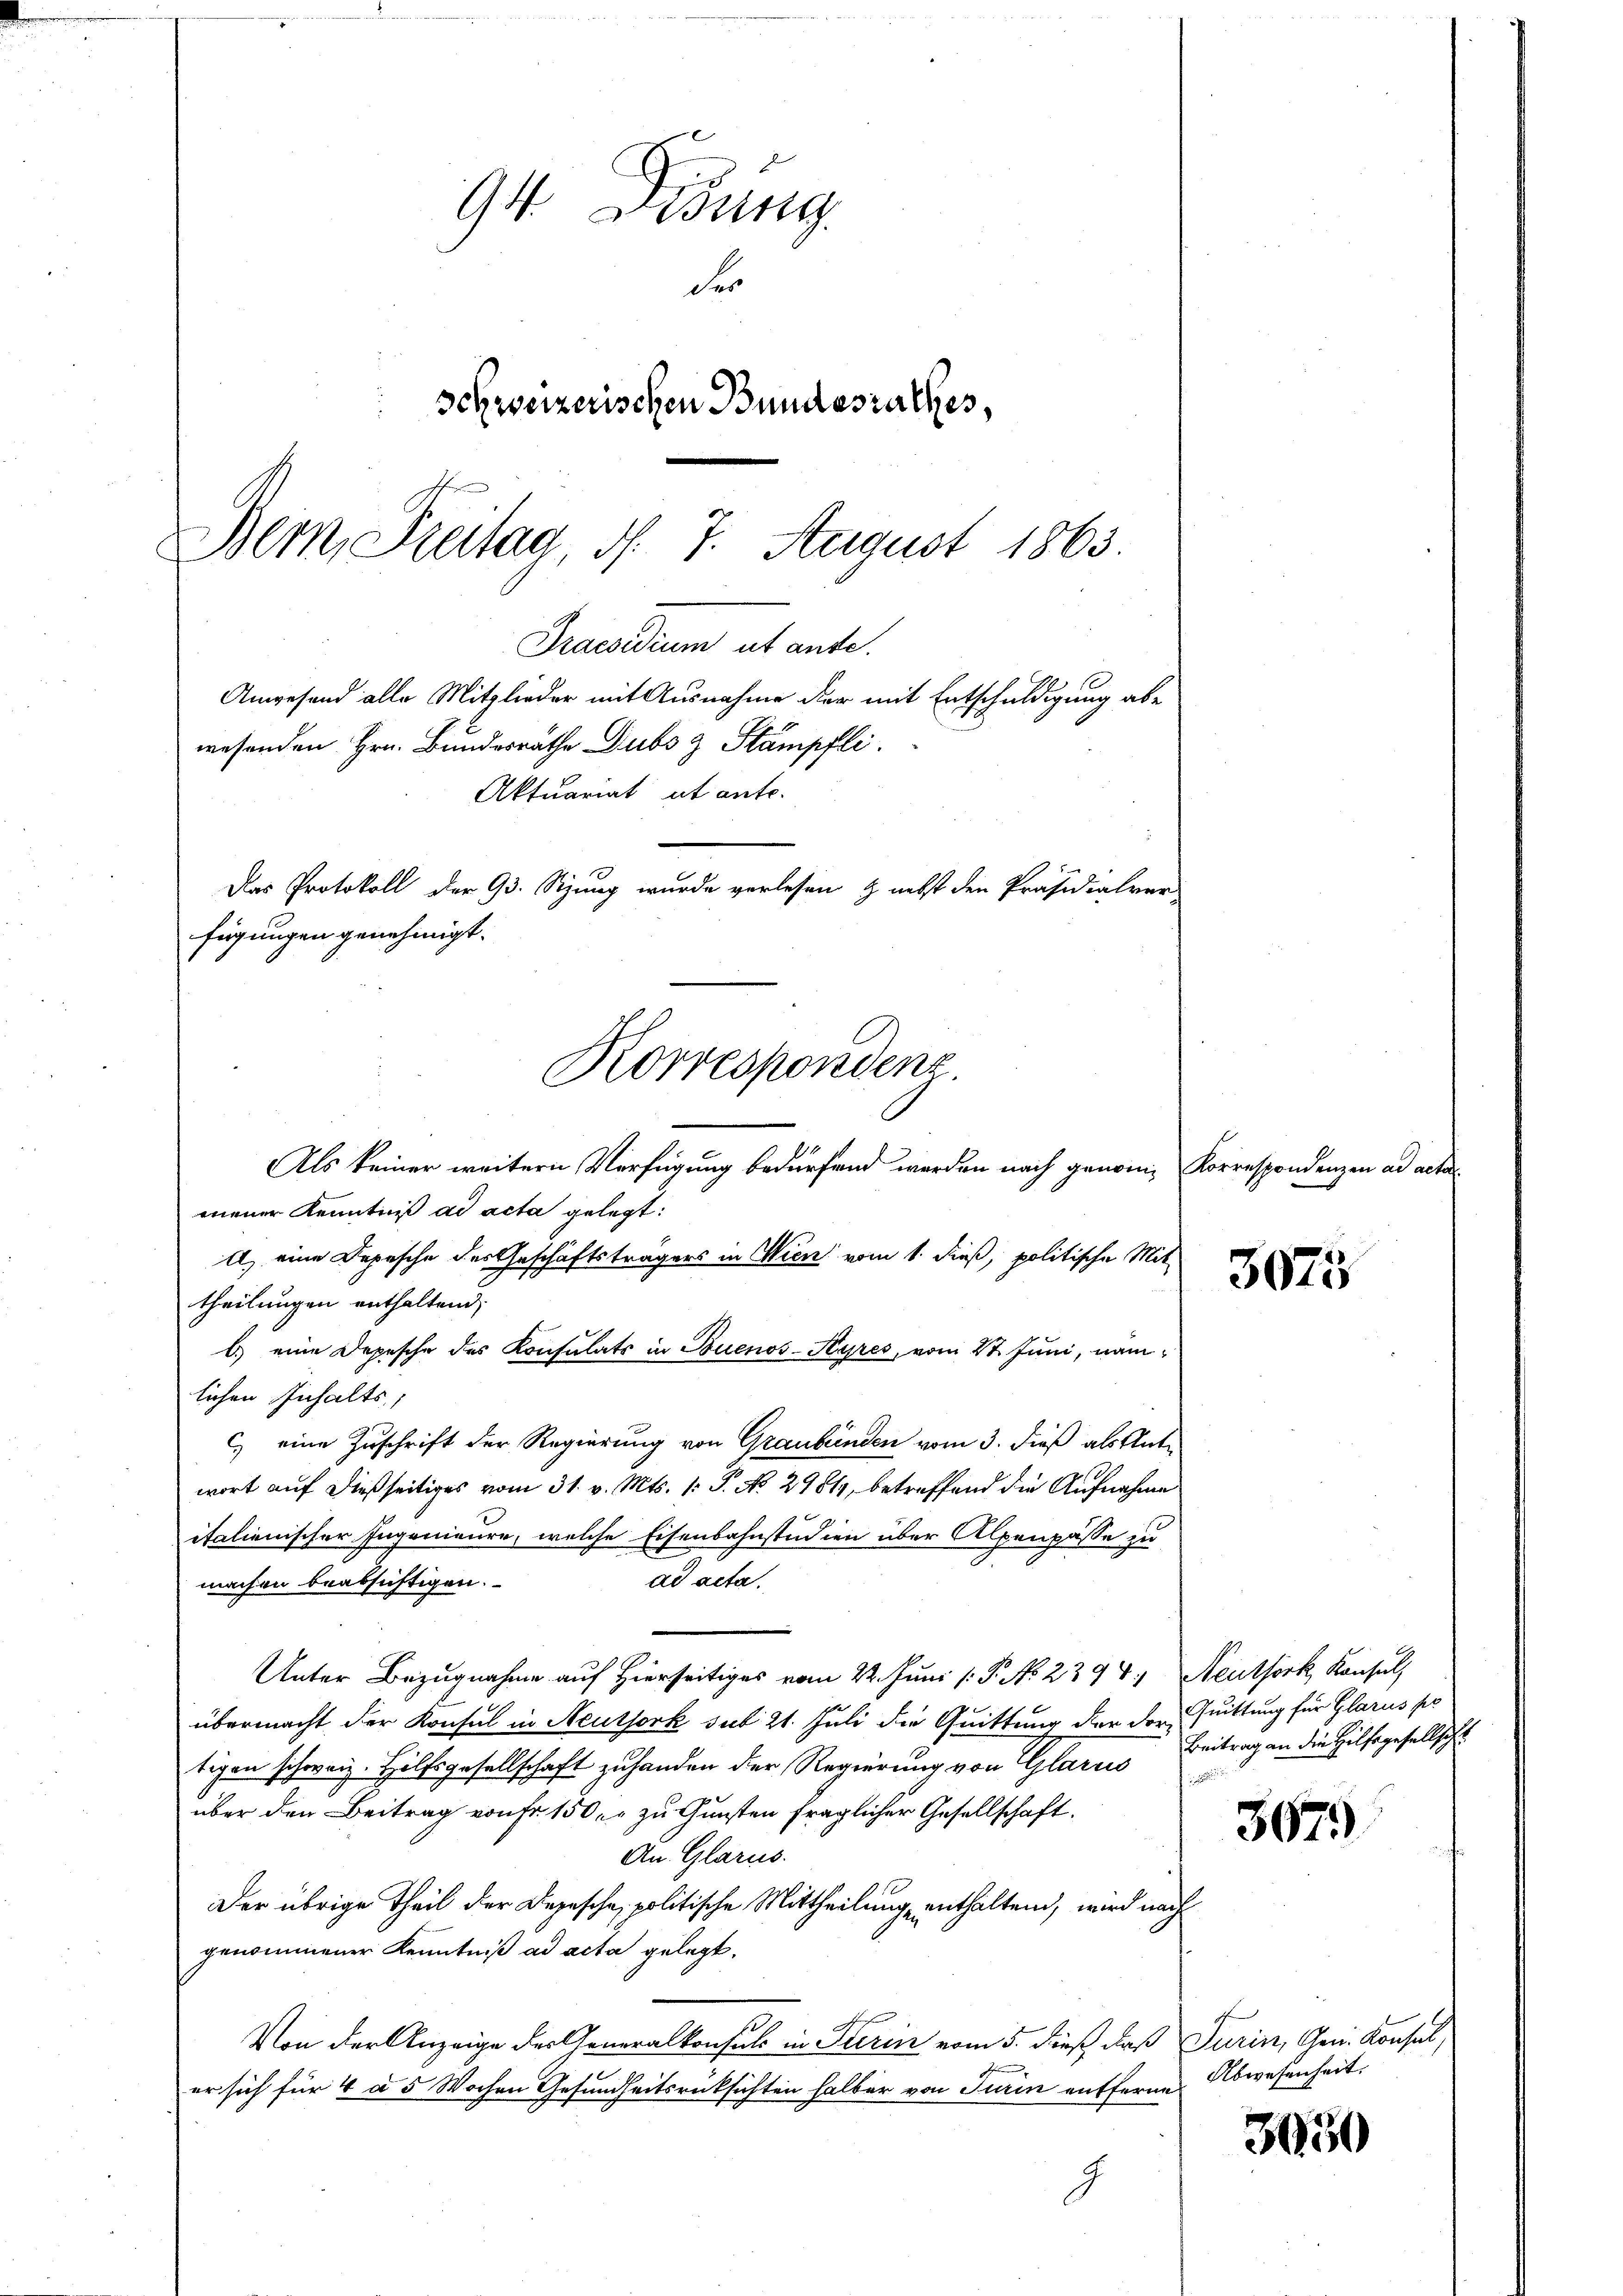
94. Disung.
Fr
Schweizerischen Bundesrathes,
Bem, Freitag, d. 7. August 1863.

Praesidium ut anse.
Angesend alle Mitglieder mit Ausnahme der mit Entschuldigung abe
wesenden Hrn. Bundesrathe Dubs & Stämpfli
Aktuariat et ante.
Das Protokoll der 93. Sizung wurde verlesen & nebst den Präsidialver-
fügungen genehmigt.
Korrespondenz.
Als keiner weitern Verfügung bedürfend werden nach genom¬

mener Kenntniß ad acta gelegt:
A) eine Depesche des Geschäftsträgers in Wien vom 1. dieß, politische Mit-
theilungen enthaltend
b.) eine Depesche des Konsulats in Buenos-Ayres, vom 21. Juni, nam
lichen Inhalts,
c) eine Zuschrift der Regierung von Graubünden vom 3. dieß als Antr
wort auf dießseitiges vom 31. v. Mts. 1. P. No 2981, betreffend die Aufnahme
italienischer Ingenieure, welche Eisenbahnstudien über Alpenpässe zu
ad acta.
machen beabsichtigen.
Unter Bezugnahme auf Hierseitiges vom 22. Juni /: P. No. 2394, Neuthork, Konsul,
übermacht der Konsul in Neuthork sub 21. Juli die Quittung der der Quittung für Glarus pr
tigen schweiz. Hilfsgesellschaft zu handen der Regierung von Glarus Beitrag an die Hilfsgesellscht
.
über den Beitrag von fr. 150. zu Gunsten fraglicher Gesellschaft.
An Glarus.
Der übrige Theil der Depesche, politische Mittheilung enthaltend, wird nach
genommener Kenntniß ad acta gelegt.
Von der Anzeige der Generalkonsuls in Turin vom 5. dieß, daß Turin, Gen. Konsul
er sich für 4 a 5 Wochen Gesundheitsrücksichten halber von Turin entferne Abwesenheit,
g

Korrespondenzen ad acta

3075

367.

3050